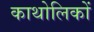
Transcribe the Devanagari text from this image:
काथोलिकों